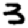
Digit: 3